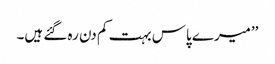
’’میرے پاس بہت کم دن رہ گئے ہیں۔